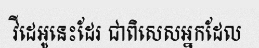
វីដេអូនេះដែរ ជាពិសេសអ្នកដែល